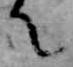
て